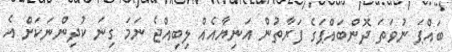
ބައްޕަ ނުވަތަ ދޮންބައްޕަގެ ފަރާތުން އަނިޔާއެއް ލިބިއްޖެ ނަމަ ގިނަ ކުދިންނަކަށް އެ